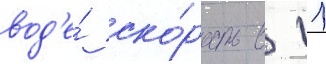
вод'е́ ско́рость в 11